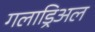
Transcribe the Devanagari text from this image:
गलाड्रिअल